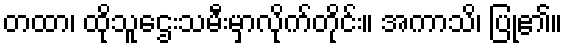
တထာ၊ ထိုသူဌေးသမီးမှာလိုက်တိုင်း။ အကာသိ၊ ပြု၏။